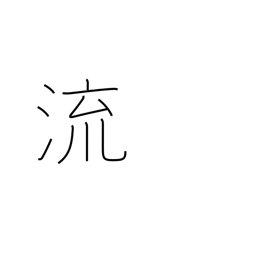
Meaning: a sink